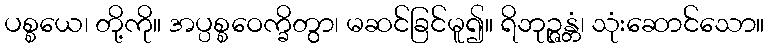
ပစ္စယေ၊ တို့ကို။ အပ္ပစ္စဝေက္ခိတွာ၊ မဆင်ခြင်မူ၍။ ရိဘုဉ္ဇန္တံ၊ သုံးဆောင်သော။